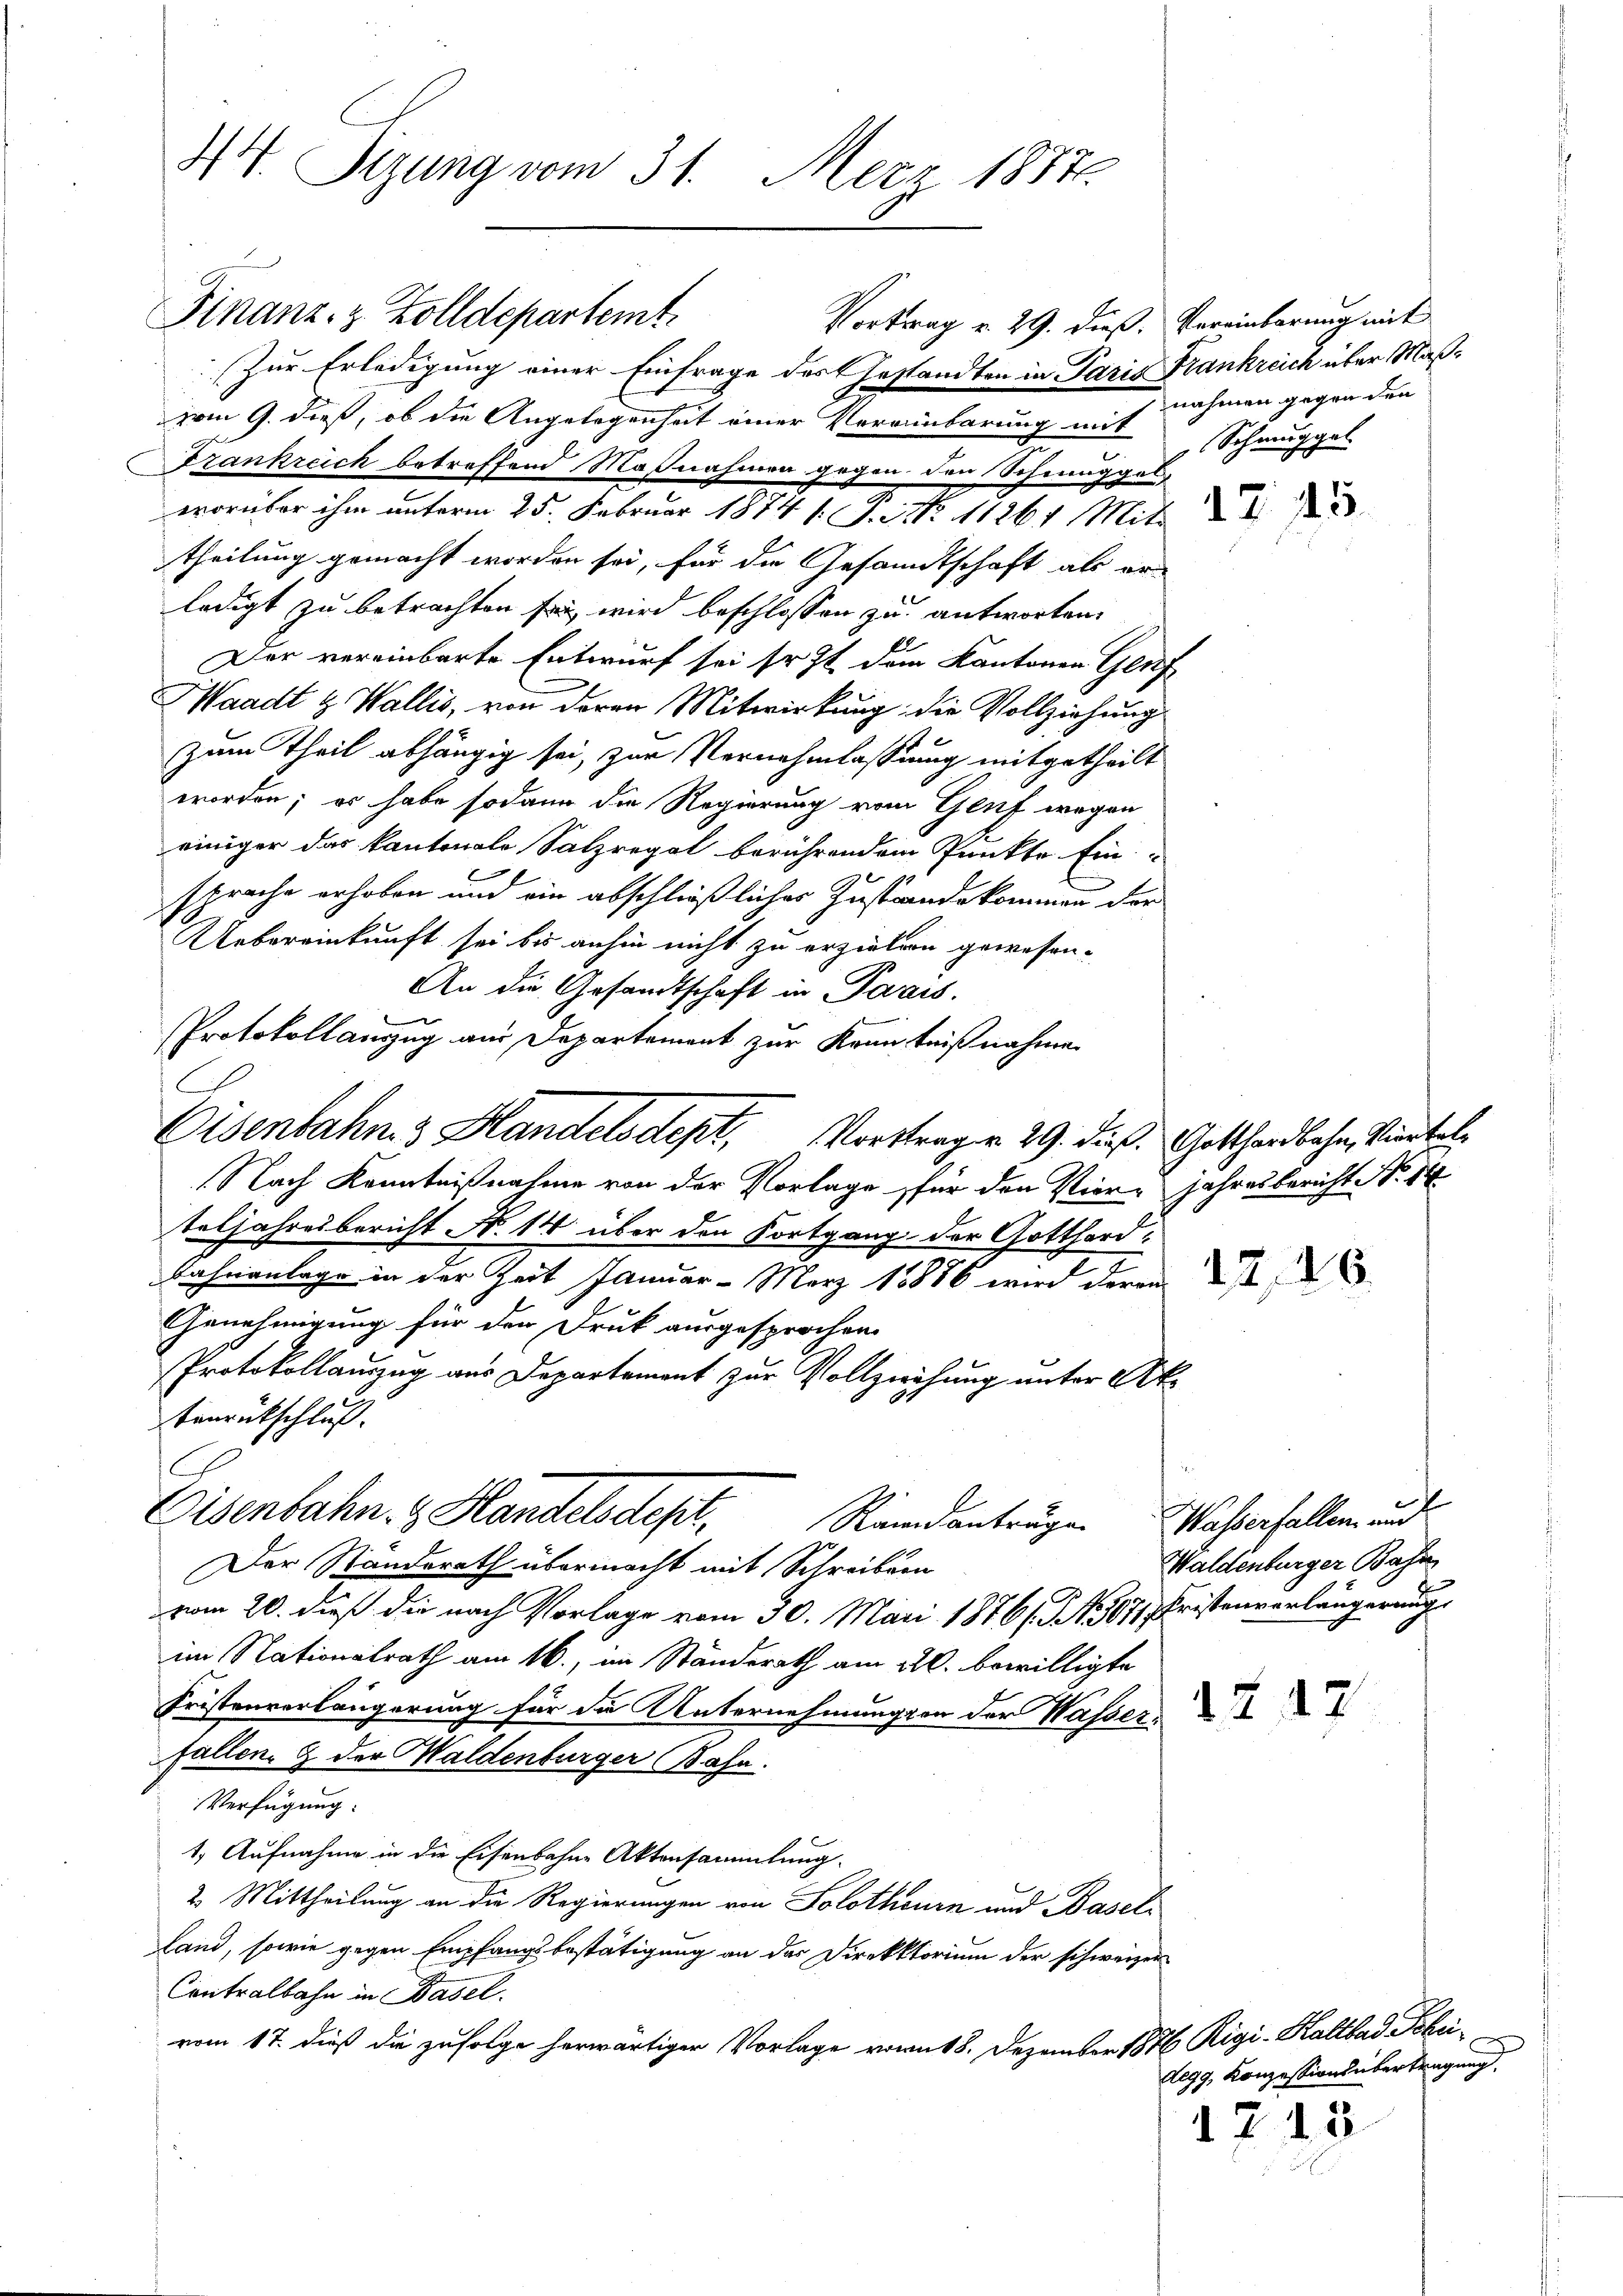
44. Sizung vom 31. Merz 1887.

Finanz- & Zolldepartemt
Zur Erledigung einer Einfrage des Gestandten in Paris Frankreich über Maßvom 9. dieß, ob die Angelegenheit einer Vereinbarung mit Schmuggel
Frankreich betreffend Maßnahmen gegen den Schmuggel
worüber ihm unterm 25. Februar 1874 s. S. Nr. 11261 Mitt
theilung gemacht worden sei, für die Gesandtschaft als erledigt zu betrachten sei wird beschlossen zu antworten.
0
Der vereinbarte Entwurf sei sr. Zt. dein Kantonen Genf
Waadt & Wallis, von deren Mitwirkung die Vollziehung
zum Theil abhängig sei, zur Vernehmlassung mitgetheilt
worden; er habe sodann die Regierung vom Genf wegen
einiger das kantonale Salzregal berührendem Punkte Ein-
sprache erhoben und ein abschließlicher Zustande kommen der
Uebereinkunft sei bis anhin nicht zu erzielen gewesen.
An die Gesandtschaft in Paris.
Nach Kenntnißnahme von der Vorlage für den Vier- Jahresbericht No. 14
teljahresbericht N. 14 über den Fortgang der Gottford¬
Bahnanlage in der Zeit Januar - März 18886 wird deren des
Genehmigung für den Druk ausgesprochen.
Protokollauszug aus Departement zur Vollziehung unter Aktanrückschluß.
C
Eisenbahn & Handels dest,
Rendanträge
Der Standerath übermacht mit Schreiben
vom 20. dieß die nach Vorlage vom 30. Mai 1876/. 507, Fristenverlängerung
im Nationalrath am 16., im Ständerath am 20. bewilligte
Fristenverlängerung für die Unternehmungen der Wasser
fallen. 2 der Waldenburger Bahn.
Verfügung:
1. Aufnahme in die Eisenbahne Aktensammlung.
2. Mittheilung an die Regierungen von Solothurn und Basel-
land, sowie gegen Empfangsbestätigung an der Direktorium der schweizer
Contralbahn in Basel.
vom 17. dieß die zufolge herwärtiger Vorlage vom 18. Dezember 1876 Rigi-Kaltbad Klei-

Protokollauszug aus Departement zur Kenntnißnahme
Eisenbahn 3 Handelsdept, Vorstragen 29. dieß. Gotthardbahn, Viertel¬

Vortrag v. 29. dieß, Vereinbarung mit

nahmen gegen den

Wasserfallen, und
Waldenburger Bahn

Aegg, Konzessions übertragung

1713